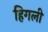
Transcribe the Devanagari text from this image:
हिगली